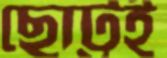
ছোট্টই